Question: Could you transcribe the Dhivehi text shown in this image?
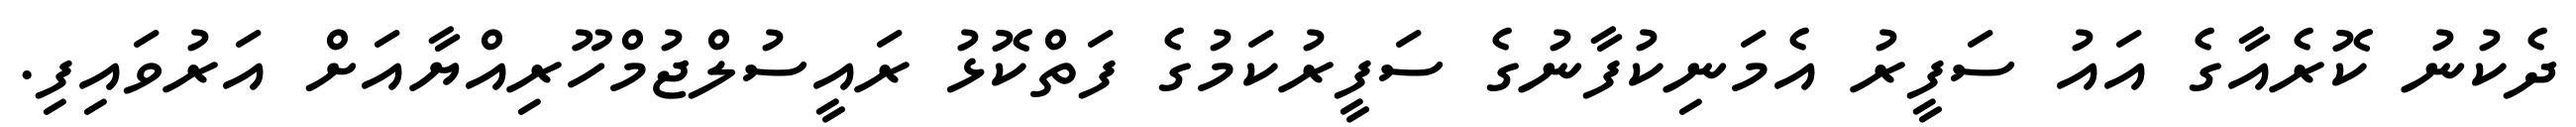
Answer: ދެކުނު ކޮރެއާގެ އައު ސަފީރު އެމަނިކުފާނުގެ ސަފީރުކަމުގެ ފަތްކޮޅު ރައީސުލްޖުމްހޫރިއްޔާއަށް އަރުވައިފި.